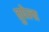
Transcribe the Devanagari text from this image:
तुपेला